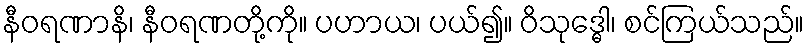
နီဝရဏာနိ၊ နီဝရဏတို့ကို။ ပဟာယ၊ ပယ်၍။ ဝိသုဒ္ဓေါ၊ စင်ကြယ်သည်။